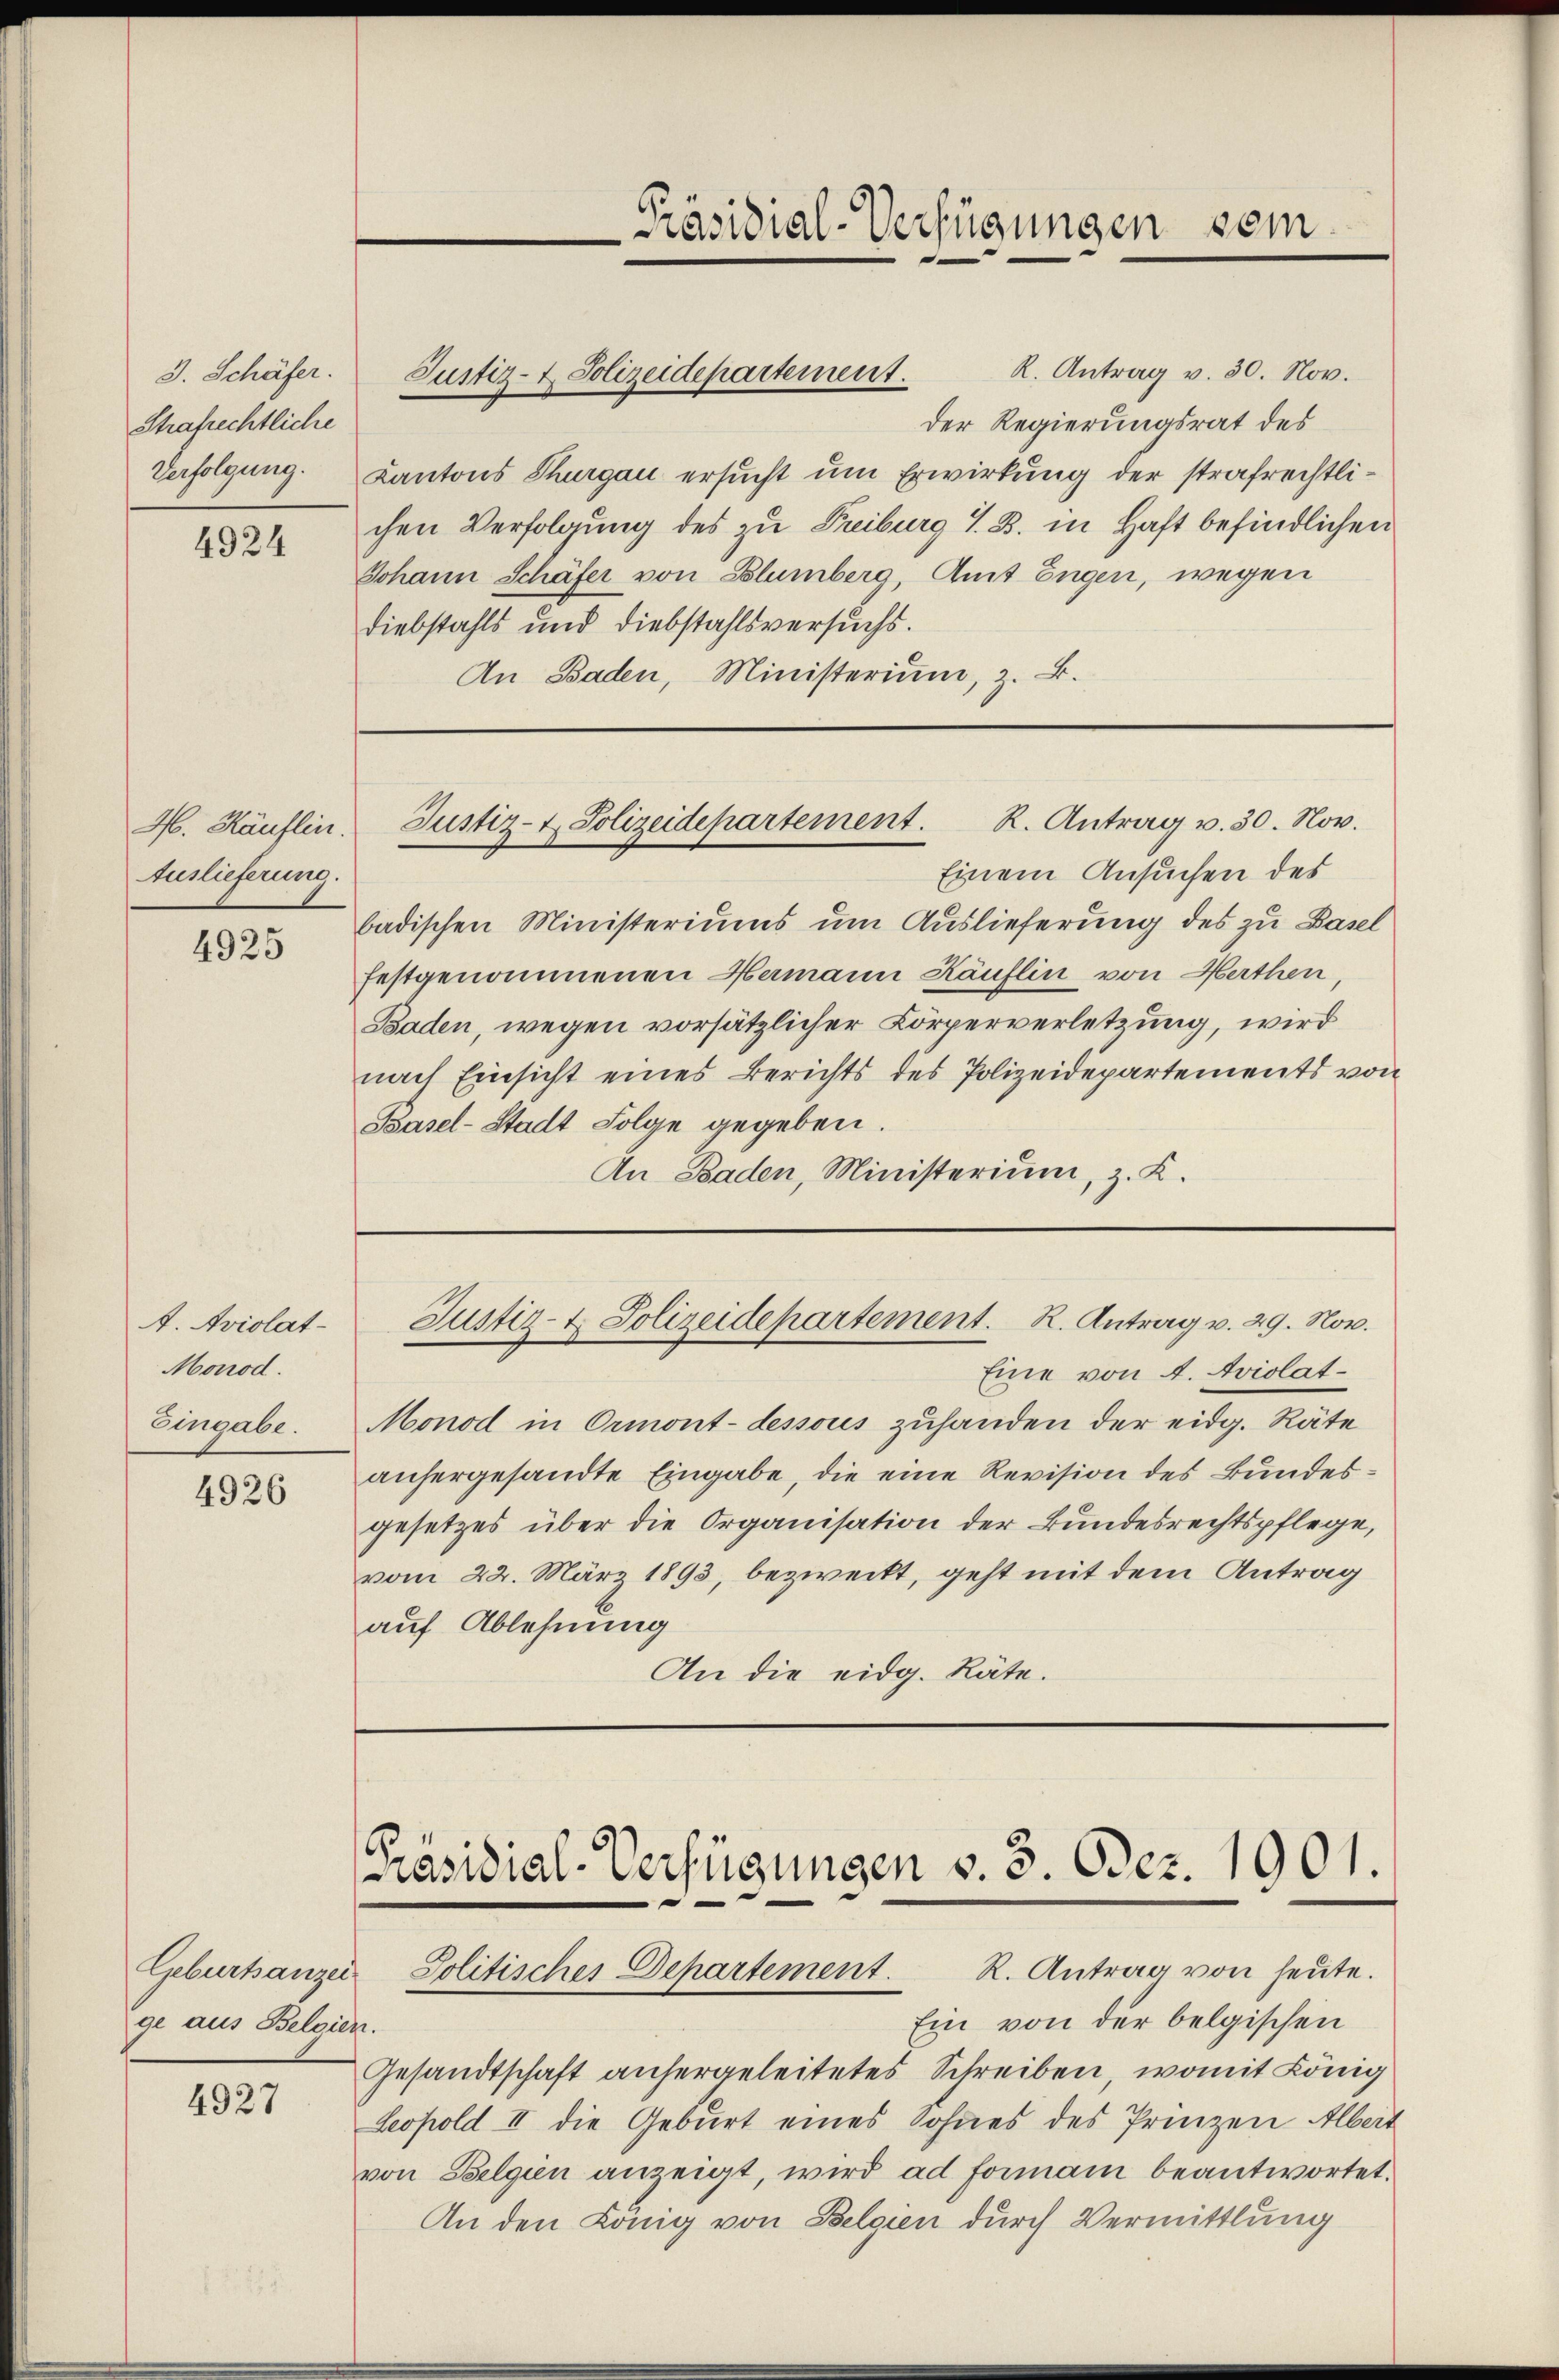
3. Schäfer.
Strafrechtliche
Verfolgung.

4924

M. Häuflin.
Auslieferung.

4925

A. Aviolat
Monod.
Eingabe.

4926

ge aus Belgien.

4927

R. Antrag v. 30. Nov.
der Regierungsrat des
Cantons Thurgau ersucht um Erwirkung der strafrechtlichen Verfolgung des zu Freiburg i. B. in Haft befindlichen
Johann Schäfer von Blumberg, Amt Engen, wegen
Diebstahls und Diebstahlsversuchs.
An Baden, Ministerium, z. B.

Präsidial-Verfügungen sein

Justiz- & Polizeidepartement.

Einem Ansuchen des
badischen Ministeriums um Auslieferung des zu Basel
festgenommenen Hermann Häuflin von Marthen,
Baden, wegen vorsätzlicher Körperverletzung, wird
nach Einsicht eines Berichts des Polizeidepartements von
Basel-Stadt Folge gegeben.
An Baden, Ministerium, z. K.

Justiz- & Polizeidepartement. K. Antrag v. 30. Nov.

Justiz- & Polizeidepartement. R. Antrag v. 29. Nov.

Präsidial-Verfügungen v. 3. Oder. 1901.
Geburtsanzer Politisches Departement. R. Antrag von heŭte.
Ein von der belgischen

Eine von A. Aviolat¬
Monod in Ormont-dessous zuhanden der eidg. Räte
anhergesandte Eingabe, die eine Revision des Bundesgesetzes über die Organisation der Bundesrechtspflege,
vom 22. März 1893, bezweckt, geht mit dem Antrag
auf Ablehnung
An die eidg. Räte.

Gesandtschaft anhergeleitetes Schreiben, womit König
Leopold II die Geburt eines Sohnes des Prinzen Albert
von Belgien anzeigt, wird ad formann beantwortet.
An den König von Belgien durch Vermittlung